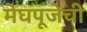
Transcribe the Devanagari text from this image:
मेघपूजेची